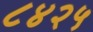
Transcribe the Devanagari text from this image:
८४२५